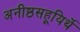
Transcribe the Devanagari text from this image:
अनीष्ठसहूयिर्थे